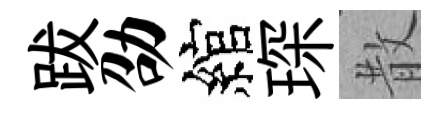
跋劭綰琛散